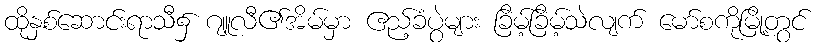
ထိုနှစ်ဆောင်းရာသီ၌ ဂျူလီ၏အိမ်မှာ ဧည့်ခံပွဲများ ခြိမ့်ခြိမ့်သဲလျက် မော်စကိုမြို့တွင်